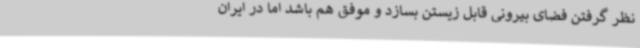
نظر گرفتن فضای بیرونی قابل زیستن بسازد و موفق هم باشد اما در ایران